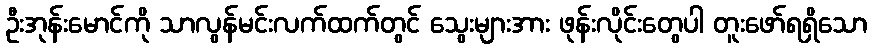
ဦးအုန်းမောင်ကို သာလွန်မင်းလက်ထက်တွင် သွေးများအား ဖုန်းလိုင်းတွေပါ တူးဖော်ရရှိသော